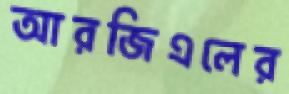
আরজিএলের